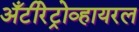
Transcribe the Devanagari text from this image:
अँटीरेट्रोव्हायरल